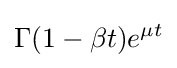
\Gamma (1-\beta t)e^{\mu t}